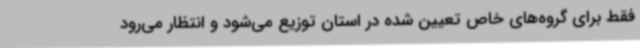
فقط برای گروه‌های خاص تعیین شده در استان توزیع می‌شود و انتظار می‌رود